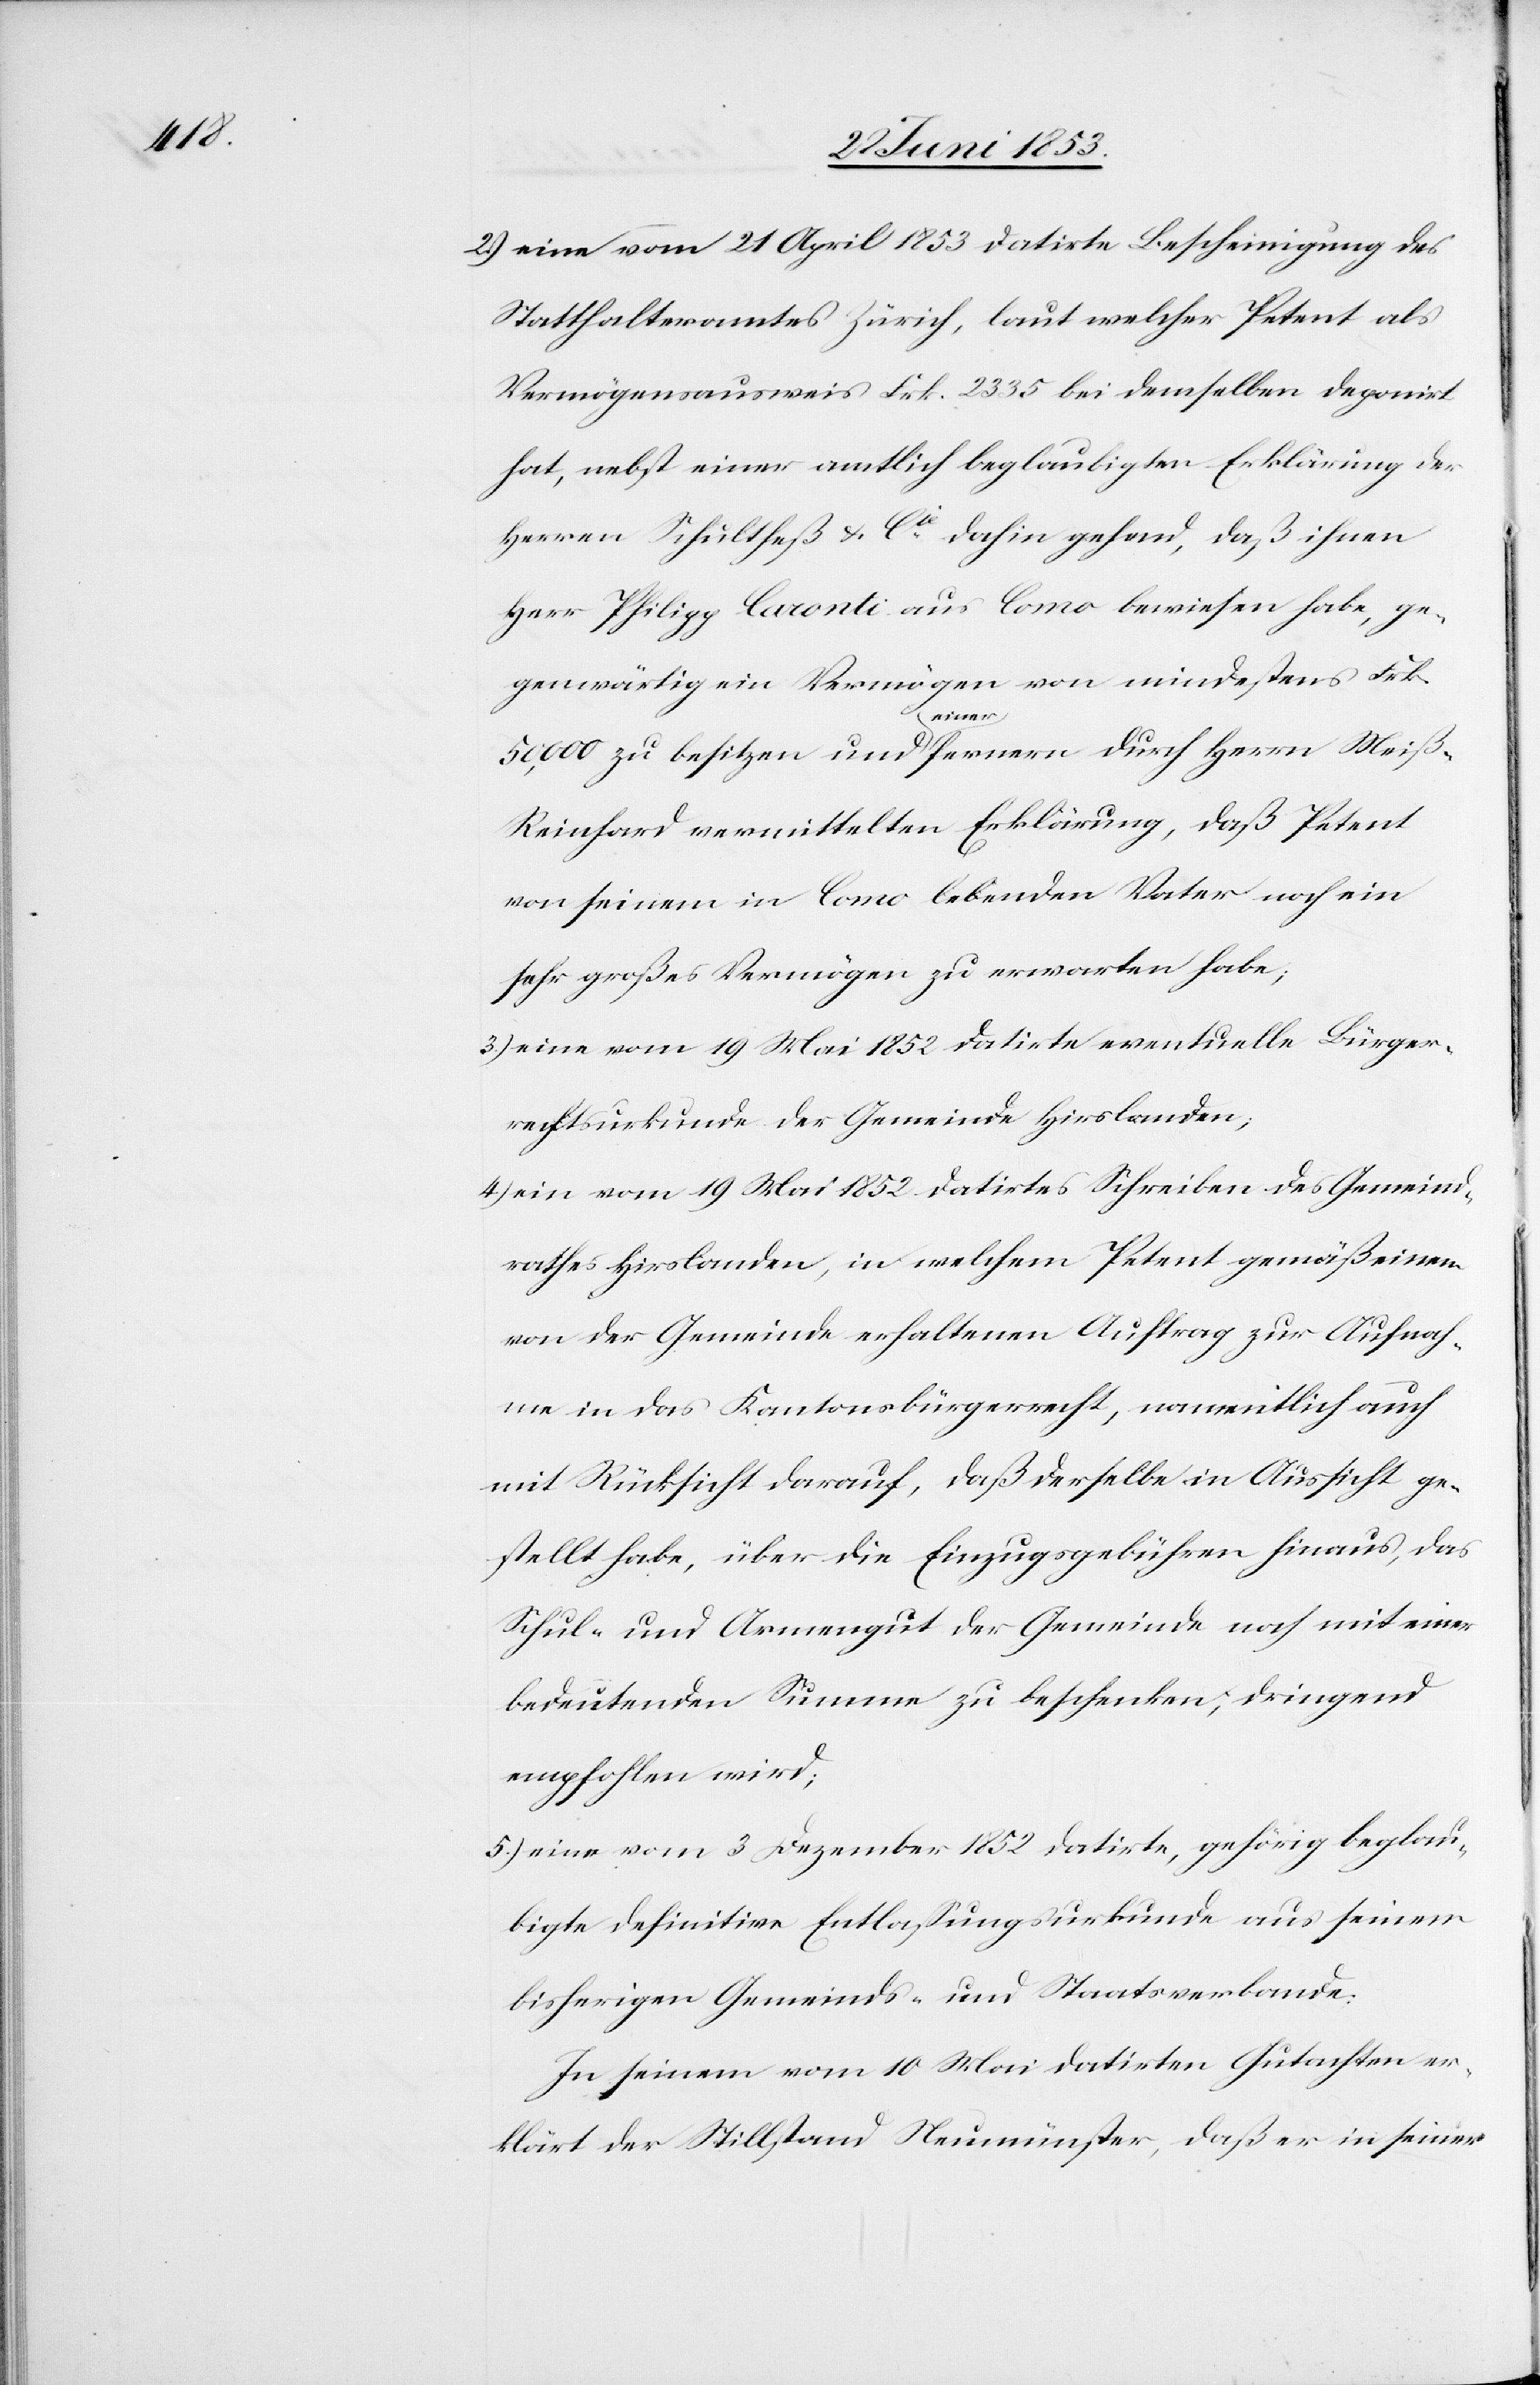
2.) eine vom 21 April 1853 datirte Bescheinigung des
Statthalteramtes Zürich, laut welcher Petent als
Vermögensausweis Frk. 2335 bei demselben deponirt
hat, nebst einer amtlich beglaubigten Erklärung der
Herren Schultheß u. Cié. dahin gehend, daß ihnen
Herr Philipp Caronti aus Como bewiesen habe, ge¬
genwärtig ein Vermögen von mindestens Frk.
50,000 zu besitzen und einer fernern durch Herrn Weiß-R¬
einhard vermittelten Erklärung, daß Petent
von seinem in Como lebenden Vater noch ein
sehr großes Vermögen zu erwarten habe;
3.) eine vom 19 Mai 1852 datirte eventuelle Bürger¬
rechtsurkunde der Gemeinde Hirslanden;
4.) ein vom 19 Mai 1852 datirtes Schreiben des Gemeind¬
rathes Hirslanden, in welchem Petent gemäß einem
von der Gemeinde erhaltenen Auftrag zur Aufnah¬
me in das Kantonsbürgerrecht, namentlich auch
mit Rücksicht darauf, daß derselbe in Aussicht ge¬
stellt habe, über die Einzugsgebühren hinaus, das
Schul- und Armengut der Gemeinde noch mit einer
bedeutenden Summe zu beschenken, dringend
empfohlen wird;
5.) eine vom 3 Dezember 1852 datirte, gehörig beglau¬
bigte definitive Entlaßungsurkunde aus seinem
bisherigen Gemeinds- und Staatsverbande:
In seinem vom 10 Mai datirten Gutachten er¬
klärt der Stillstand Neumünster, daß er in seiner